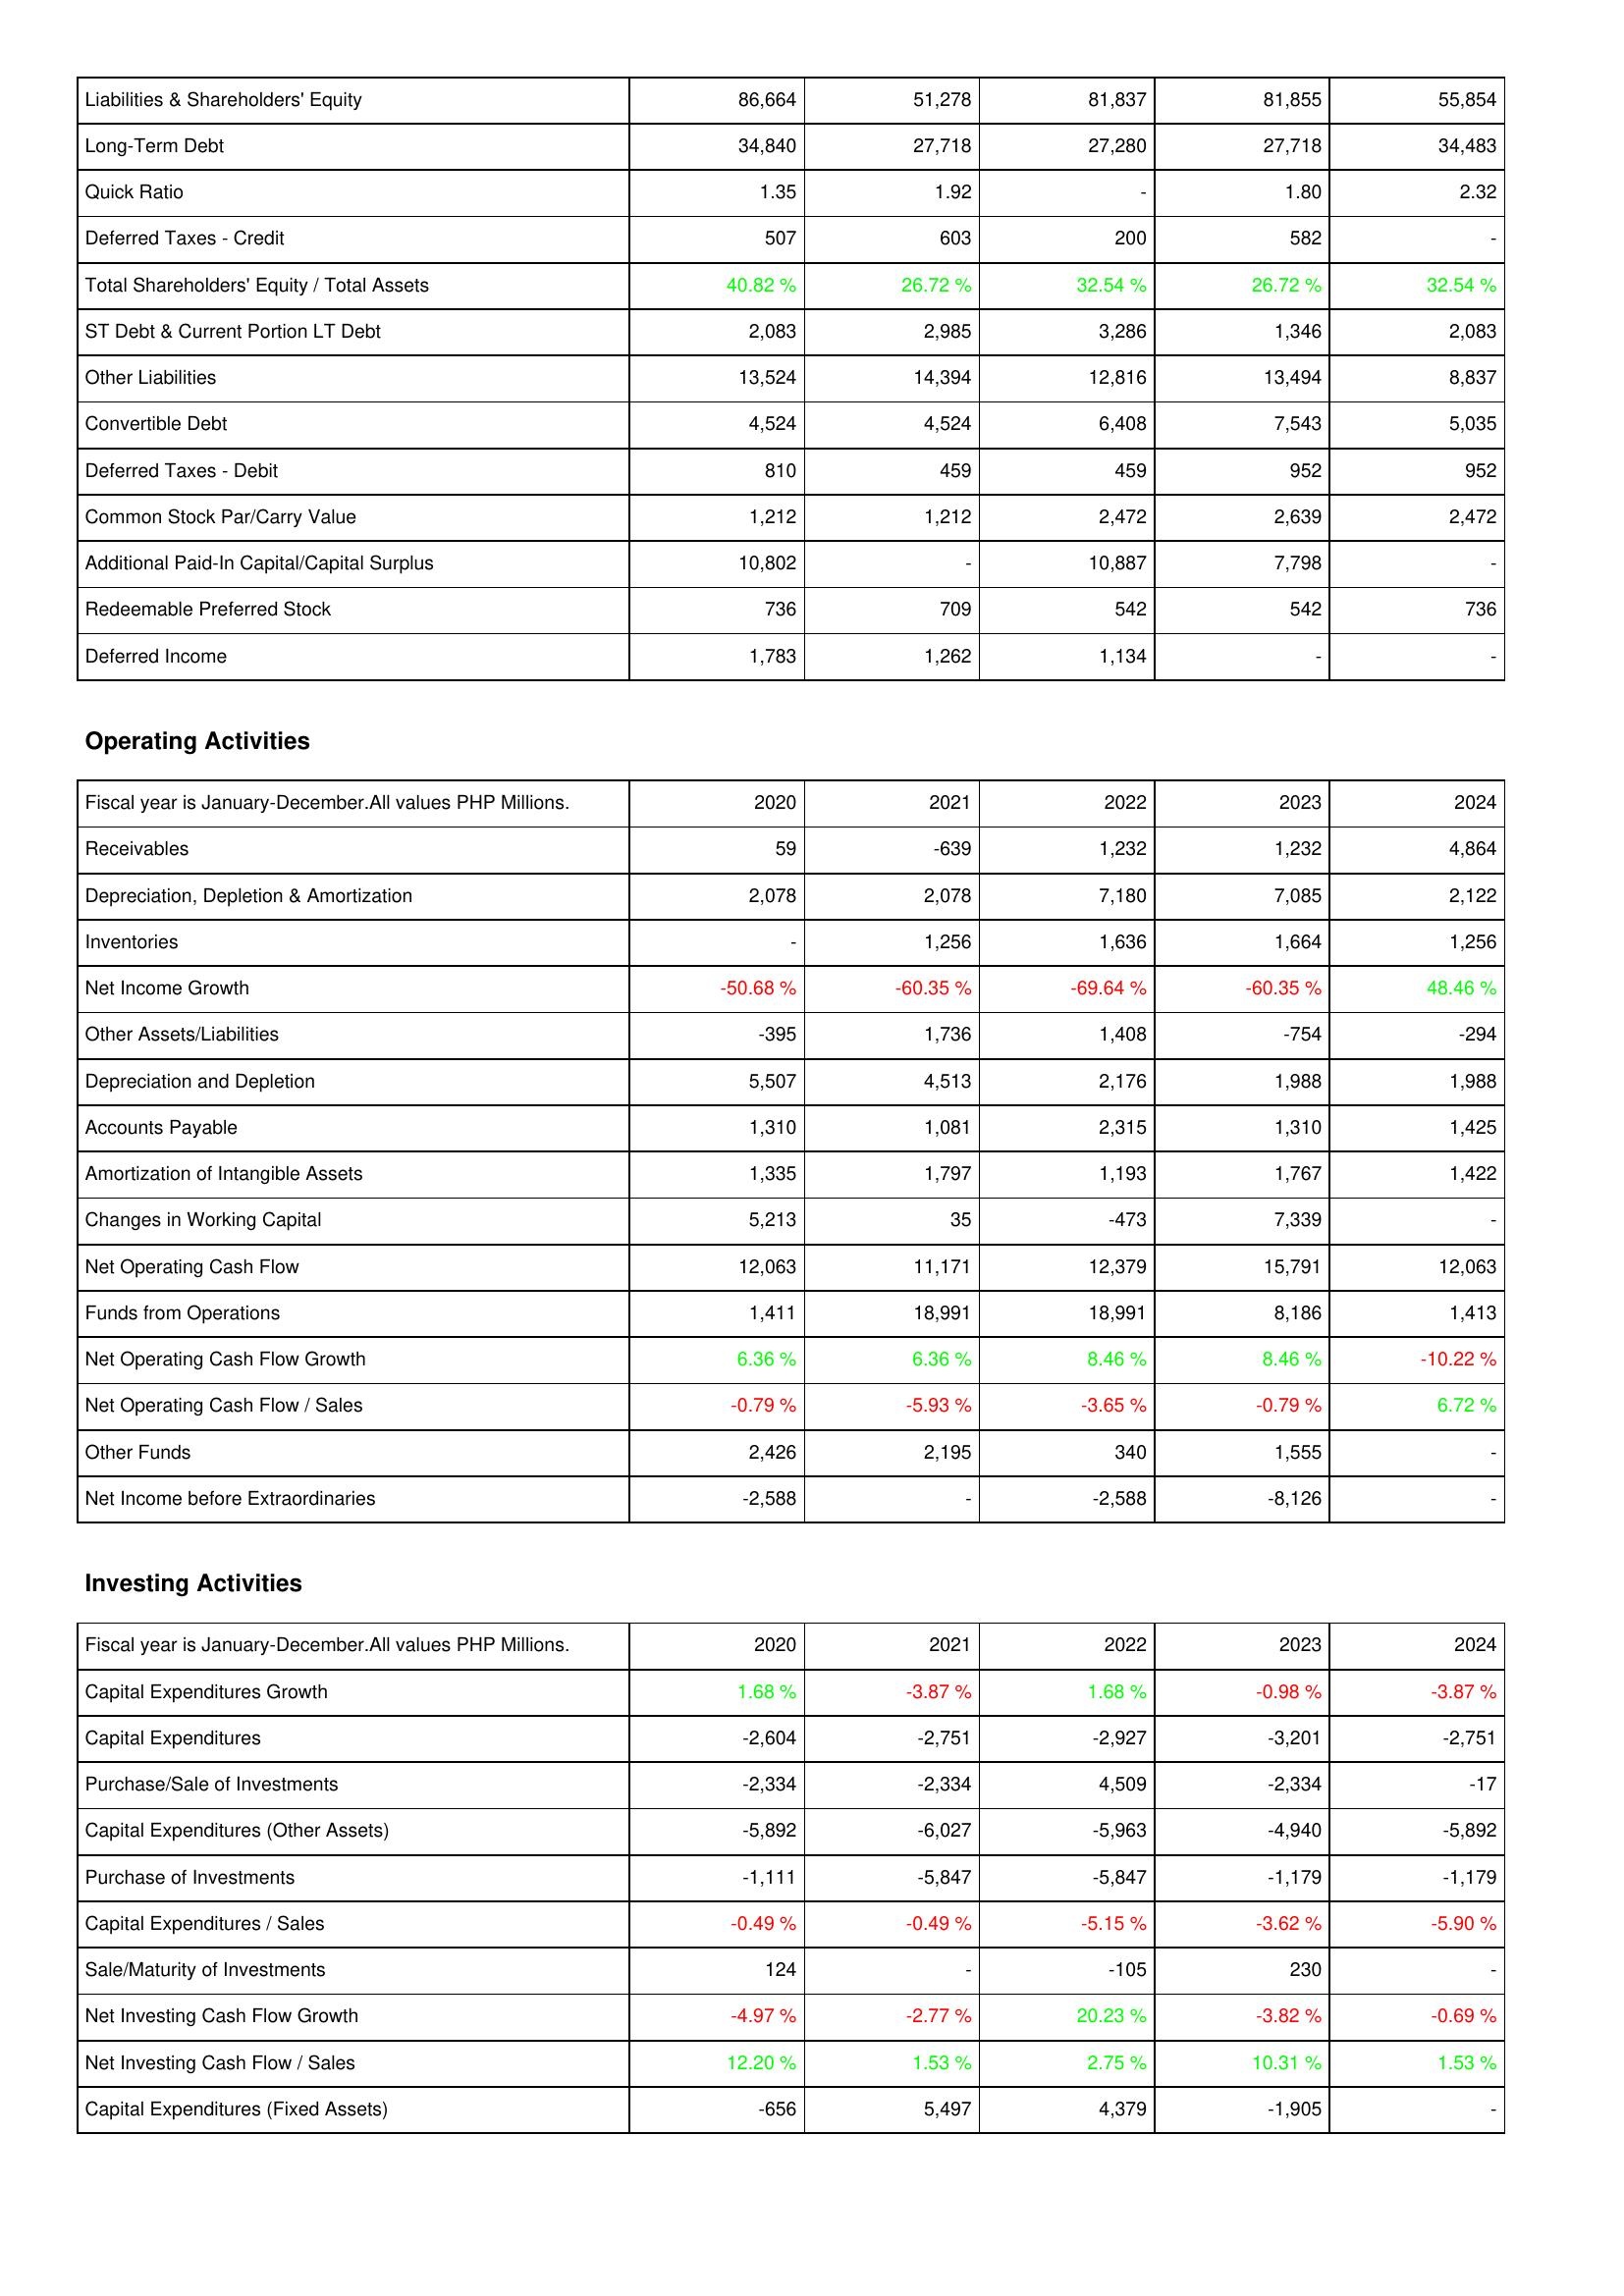
2020: Liabilities & Shareholders' Equity: Liabilities & Shareholders' Equity: 86,664
Long-Term Debt: 34,840
Quick Ratio: 1.35
Deferred Taxes - Credit: 507
Total Shareholders' Equity / Total Assets: 40.82 %
ST Debt & Current Portion LT Debt: 2,083
Other Liabilities: 13,524
Convertible Debt: 4,524
Deferred Taxes - Debit: 810
Common Stock Par/Carry Value: 1,212
Additional Paid-In Capital/Capital Surplus: 10,802
Redeemable Preferred Stock: 736
Deferred Income: 1,783
Operating Activities: Receivables: 59
Depreciation, Depletion & Amortization: 2,078
Inventories: -
Net Income Growth: -50.68 %
Other Assets/Liabilities: -395
Depreciation and Depletion: 5,507
Accounts Payable: 1,310
Amortization of Intangible Assets: 1,335
Changes in Working Capital: 5,213
Net Operating Cash Flow: 12,063
Funds from Operations: 1,411
Net Operating Cash Flow Growth: 6.36 %
Net Operating Cash Flow / Sales: -0.79 %
Other Funds: 2,426
Net Income before Extraordinaries: -2,588
Investing Activities: Capital Expenditures Growth: 1.68 %
Capital Expenditures: -2,604
Purchase/Sale of Investments: -2,334
Capital Expenditures (Other Assets): -5,892
Purchase of Investments: -1,111
Capital Expenditures / Sales: -0.49 %
Sale/Maturity of Investments: 124
Net Investing Cash Flow Growth: -4.97 %
Net Investing Cash Flow / Sales: 12.20 %
Capital Expenditures (Fixed Assets): -656
2021: Liabilities & Shareholders' Equity: Liabilities & Shareholders' Equity: 51,278
Long-Term Debt: 27,718
Quick Ratio: 1.92
Deferred Taxes - Credit: 603
Total Shareholders' Equity / Total Assets: 26.72 %
ST Debt & Current Portion LT Debt: 2,985
Other Liabilities: 14,394
Convertible Debt: 4,524
Deferred Taxes - Debit: 459
Common Stock Par/Carry Value: 1,212
Additional Paid-In Capital/Capital Surplus: -
Redeemable Preferred Stock: 709
Deferred Income: 1,262
Operating Activities: Receivables: -639
Depreciation, Depletion & Amortization: 2,078
Inventories: 1,256
Net Income Growth: -60.35 %
Other Assets/Liabilities: 1,736
Depreciation and Depletion: 4,513
Accounts Payable: 1,081
Amortization of Intangible Assets: 1,797
Changes in Working Capital: 35
Net Operating Cash Flow: 11,171
Funds from Operations: 18,991
Net Operating Cash Flow Growth: 6.36 %
Net Operating Cash Flow / Sales: -5.93 %
Other Funds: 2,195
Net Income before Extraordinaries: -
Investing Activities: Capital Expenditures Growth: -3.87 %
Capital Expenditures: -2,751
Purchase/Sale of Investments: -2,334
Capital Expenditures (Other Assets): -6,027
Purchase of Investments: -5,847
Capital Expenditures / Sales: -0.49 %
Sale/Maturity of Investments: -
Net Investing Cash Flow Growth: -2.77 %
Net Investing Cash Flow / Sales: 1.53 %
Capital Expenditures (Fixed Assets): 5,497
2022: Liabilities & Shareholders' Equity: Liabilities & Shareholders' Equity: 81,837
Long-Term Debt: 27,280
Quick Ratio: -
Deferred Taxes - Credit: 200
Total Shareholders' Equity / Total Assets: 32.54 %
ST Debt & Current Portion LT Debt: 3,286
Other Liabilities: 12,816
Convertible Debt: 6,408
Deferred Taxes - Debit: 459
Common Stock Par/Carry Value: 2,472
Additional Paid-In Capital/Capital Surplus: 10,887
Redeemable Preferred Stock: 542
Deferred Income: 1,134
Operating Activities: Receivables: 1,232
Depreciation, Depletion & Amortization: 7,180
Inventories: 1,636
Net Income Growth: -69.64 %
Other Assets/Liabilities: 1,408
Depreciation and Depletion: 2,176
Accounts Payable: 2,315
Amortization of Intangible Assets: 1,193
Changes in Working Capital: -473
Net Operating Cash Flow: 12,379
Funds from Operations: 18,991
Net Operating Cash Flow Growth: 8.46 %
Net Operating Cash Flow / Sales: -3.65 %
Other Funds: 340
Net Income before Extraordinaries: -2,588
Investing Activities: Capital Expenditures Growth: 1.68 %
Capital Expenditures: -2,927
Purchase/Sale of Investments: 4,509
Capital Expenditures (Other Assets): -5,963
Purchase of Investments: -5,847
Capital Expenditures / Sales: -5.15 %
Sale/Maturity of Investments: -105
Net Investing Cash Flow Growth: 20.23 %
Net Investing Cash Flow / Sales: 2.75 %
Capital Expenditures (Fixed Assets): 4,379
2023: Liabilities & Shareholders' Equity: Liabilities & Shareholders' Equity: 81,855
Long-Term Debt: 27,718
Quick Ratio: 1.80
Deferred Taxes - Credit: 582
Total Shareholders' Equity / Total Assets: 26.72 %
ST Debt & Current Portion LT Debt: 1,346
Other Liabilities: 13,494
Convertible Debt: 7,543
Deferred Taxes - Debit: 952
Common Stock Par/Carry Value: 2,639
Additional Paid-In Capital/Capital Surplus: 7,798
Redeemable Preferred Stock: 542
Deferred Income: -
Operating Activities: Receivables: 1,232
Depreciation, Depletion & Amortization: 7,085
Inventories: 1,664
Net Income Growth: -60.35 %
Other Assets/Liabilities: -754
Depreciation and Depletion: 1,988
Accounts Payable: 1,310
Amortization of Intangible Assets: 1,767
Changes in Working Capital: 7,339
Net Operating Cash Flow: 15,791
Funds from Operations: 8,186
Net Operating Cash Flow Growth: 8.46 %
Net Operating Cash Flow / Sales: -0.79 %
Other Funds: 1,555
Net Income before Extraordinaries: -8,126
Investing Activities: Capital Expenditures Growth: -0.98 %
Capital Expenditures: -3,201
Purchase/Sale of Investments: -2,334
Capital Expenditures (Other Assets): -4,940
Purchase of Investments: -1,179
Capital Expenditures / Sales: -3.62 %
Sale/Maturity of Investments: 230
Net Investing Cash Flow Growth: -3.82 %
Net Investing Cash Flow / Sales: 10.31 %
Capital Expenditures (Fixed Assets): -1,905
2024: Liabilities & Shareholders' Equity: Liabilities & Shareholders' Equity: 55,854
Long-Term Debt: 34,483
Quick Ratio: 2.32
Deferred Taxes - Credit: -
Total Shareholders' Equity / Total Assets: 32.54 %
ST Debt & Current Portion LT Debt: 2,083
Other Liabilities: 8,837
Convertible Debt: 5,035
Deferred Taxes - Debit: 952
Common Stock Par/Carry Value: 2,472
Additional Paid-In Capital/Capital Surplus: -
Redeemable Preferred Stock: 736
Deferred Income: -
Operating Activities: Receivables: 4,864
Depreciation, Depletion & Amortization: 2,122
Inventories: 1,256
Net Income Growth: 48.46 %
Other Assets/Liabilities: -294
Depreciation and Depletion: 1,988
Accounts Payable: 1,425
Amortization of Intangible Assets: 1,422
Changes in Working Capital: -
Net Operating Cash Flow: 12,063
Funds from Operations: 1,413
Net Operating Cash Flow Growth: -10.22 %
Net Operating Cash Flow / Sales: 6.72 %
Other Funds: -
Net Income before Extraordinaries: -
Investing Activities: Capital Expenditures Growth: -3.87 %
Capital Expenditures: -2,751
Purchase/Sale of Investments: -17
Capital Expenditures (Other Assets): -5,892
Purchase of Investments: -1,179
Capital Expenditures / Sales: -5.90 %
Sale/Maturity of Investments: -
Net Investing Cash Flow Growth: -0.69 %
Net Investing Cash Flow / Sales: 1.53 %
Capital Expenditures (Fixed Assets): -